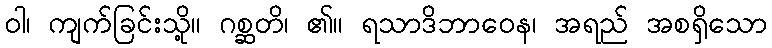
ဝါ၊ ကျက်ခြင်းသို့။ ဂစ္ဆတိ၊ ၏။ ရသာဒိဘာဝေန၊ အရည် အစရှိသော